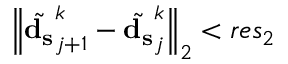
{ \left\| \tilde { \mathbf { d _ { s } } } _ { j + 1 } ^ { k } - \tilde { \mathbf { d _ { s } } } _ { j } ^ { k } \right\| } _ { 2 } < r e s _ { 2 }